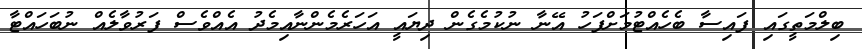
ބިލްމަތީގައި ފައިސާ ބެހެއްޓުމަށްފަހު އޭނާ ނުކުމެގެން ދިޔައީ އަހަރެމެންނާއިމެދު އެއްވެސް ފަރުވާލެއް ނުބަހައްޓާ